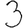
Digit: 3